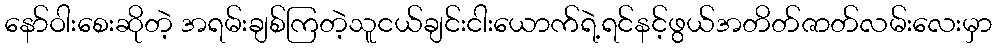
နော်ဝါးစေးဆိုတဲ့ အရမ်းချစ်ကြတဲ့သူငယ်ချင်းငါးယောက်ရဲ့ရင်နင့်ဖွယ်အတိတ်ဇာတ်လမ်းလေးမှာ